Reports on dispensaries and lunatic asylums in the Province of Oudh - 1869-1876
Year: 1869
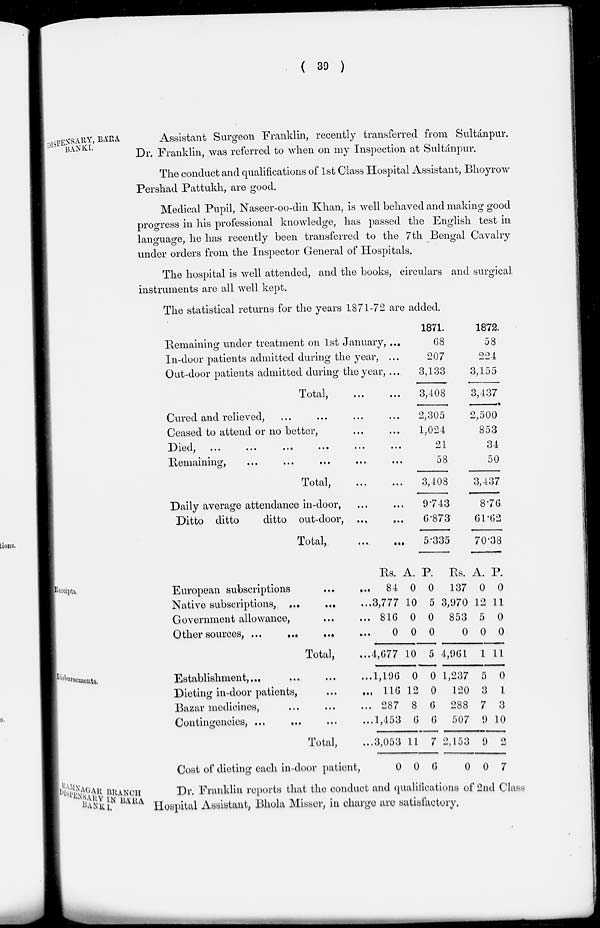
( 39 )
DISPENSARY, BARA
BANKI.
Assistant Surgeon Franklin, recently transferred from Sultánpur.
Dr. Franklin, was referred to when on my Inspection at Sultánpur.
The conduct and qualifications of 1st Class Hospital Assistant, Bhoyrow
Pershad Pattukh, are good.
Medical Pupil, Naseer-oo-din Khan, is well behaved and making good
progress in his professional knowledge, has passed the English test in
language, he has recently been transferred to the 7th Bengal Cavalry
under orders from the Inspector General of Hospitals.
The hospital is well attended, and the books, circulars and surgical
instruments are all well kept.
The statistical returns for the years 1871-72 are added.
Remaining under treatment on 1st January, ...
In-door patients admitted during the year, ...
Out-door patients admitted during the year, ...
Total,
...
...
Cured and relieved, ... ... ... ...
Ceased to attend or no better, ... ...
Died, ... ... ... ... ... ...
Remaining, ... ... ... ... ...
Total, ... ...
Daily average attendance in-door, ... ...
Ditto ditto
ditto out-door, ... ...
Total,
... ...
1871.
68
207
3,133
3,408
2,305
1,024
21
58
3,408
9743
6.873
5.335
1872.
58
224
3,155
3,437
2,500
853
34
50
3,437
8.76
61.62
70.38
Receipts.
European subscriptions ... ...
Native subscriptions, ... ...
Government allowance, ... ...
Other sources, ...
...
... ...
Total, ...
Rs.
84
3,777
816
0
4,677
A.
0
10
0
0
10
P.
0
5
0
0
5
Rs.
137
3,970
853
0
4,961
A.
0
12
5
0
1
P.
0
11
0
0
11
Disbursments.
Establishment, ... ... ... ...
Dieting in-door patients,
... ...
Bazar medicines, ... ... ...
Contingencies, ... ... ... ...
Total, ...
Cost of dieting each in-door patient,
1,196
116
287
1,453
3,053
0
0
12
8
6
11
0
0
0
6
6
7
6
1,237
120
288
507
2,153
0
5
3
7
9
9
0
0
1
3
10
2
7
RAMNAGAR BRANCH
DISPENSDARY IN BARA
BANKI.
Dr. Franklin reports that the conduct and qualifications of 2nd Class
Hospital Assistant, Bhola Misser, in charge are satisfactory.